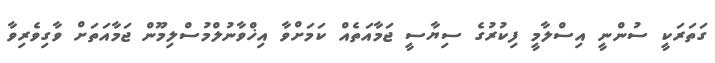
ގަތަރަކީ ސުންނީ އިސްލާމީ ފިކުރުގެ ސިޔާސީ ޖަަމާއަތެއް ކަމަށްވާ އިޚްވާނުލްމުސްލިމޫން ޖަމާއަތަށް ވާގިވެރިވާ